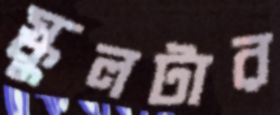
স্কুলটার